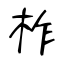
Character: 柞